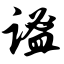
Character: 谧